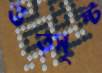
উত্সৃষ্ট